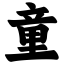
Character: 童